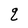
Character: q